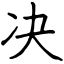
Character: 决